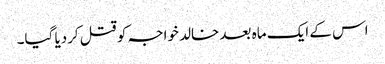
اس کے ایک ماہ بعد خالد خواجہ کو قتل کردیا گیا۔